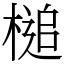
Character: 槌